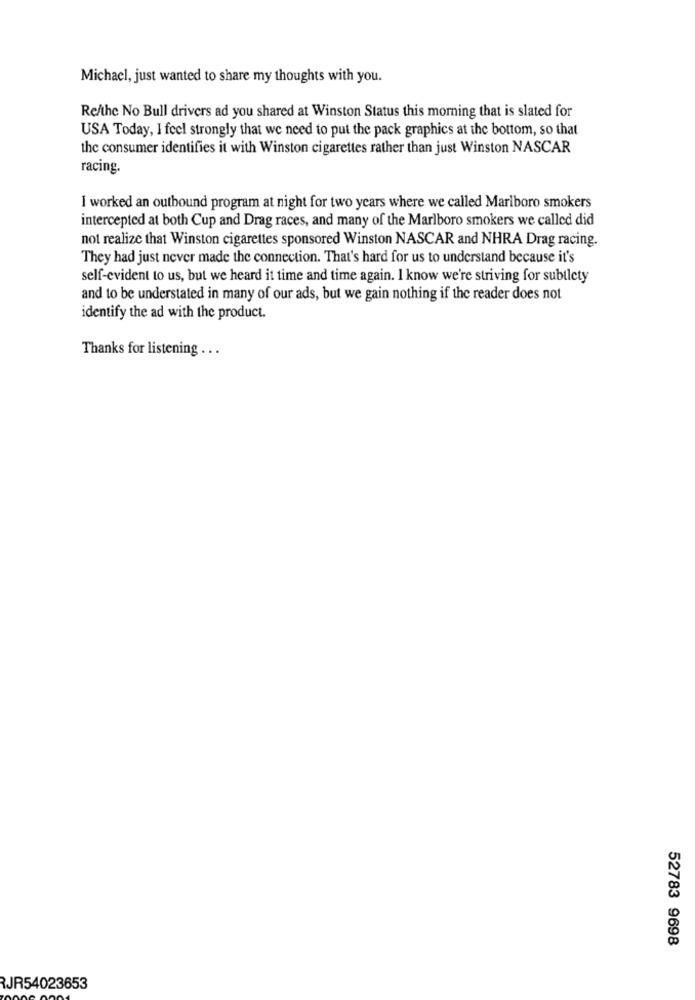
Michael, just wanted to share my thoughts with you.
Re/the No Bull drivers ad you shared at Winston Status this morning that is slated for
USA Today, I feel strongly that we need to put the pack graphics at the bottom, so that
the consumer identifies it with Winston cigarettes rather than just Winston NASCAR
racing.
I worked an outbound program at night for two years where we called Marlboro smokers
intercepted at both Cup and Drag races, and many of the Marlboro smokers we called did
not realize that Winston cigarettes sponsored Winston NASCAR and NHRA Drag racing.
They had just never made the connection. That's hard for us to understand because it's
self-evident to us, but we heard it time and time again. I know we're striving for subtlety
and to be understated in many of our ads, but we gain nothing if the reader does not
identify the ad with the product.
Thanks for listening ...
52783 9698
RJR54023653